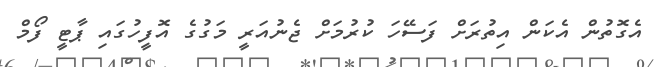
އެގޮތުން އެކަން އިތުރަށް ފަސޭހަ ކުރުމަށް ޖެނުއަރީ މަގުގެ އޮފީހުގައި ޕާޓީ ފޯމް